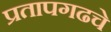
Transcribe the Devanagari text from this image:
प्रतापगढचे